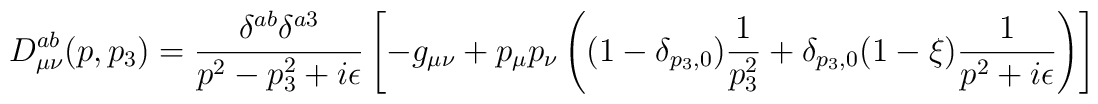
D_{\mu \nu}^{ab}(p,p_3) = \frac{\delta^{ab}\delta^{a3}}{p^2-p_3^2+i\epsilon}\left[-g_{\mu \nu} + p_{\mu} p_{\nu}\left((1-\delta_{p_3,0})\frac{1}{p_3^2}+\delta_{p_3,0}(1-\xi)\frac{1}{p^2+i\epsilon}\right) \right]